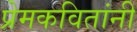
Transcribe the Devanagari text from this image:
प्रेमकवितांनी